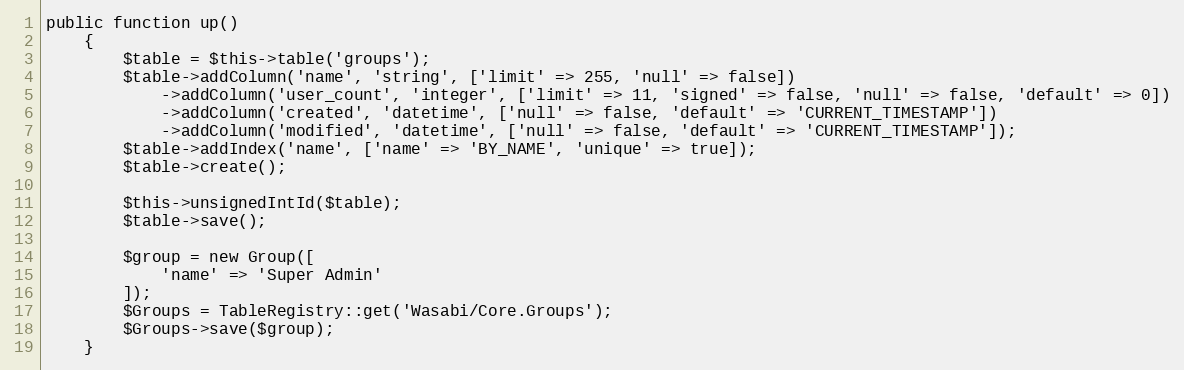
Language: PHP
public function up()
    {
        $table = $this->table('groups');
        $table->addColumn('name', 'string', ['limit' => 255, 'null' => false])
            ->addColumn('user_count', 'integer', ['limit' => 11, 'signed' => false, 'null' => false, 'default' => 0])
            ->addColumn('created', 'datetime', ['null' => false, 'default' => 'CURRENT_TIMESTAMP'])
            ->addColumn('modified', 'datetime', ['null' => false, 'default' => 'CURRENT_TIMESTAMP']);
        $table->addIndex('name', ['name' => 'BY_NAME', 'unique' => true]);
        $table->create();

        $this->unsignedIntId($table);
        $table->save();

        $group = new Group([
            'name' => 'Super Admin'
        ]);
        $Groups = TableRegistry::get('Wasabi/Core.Groups');
        $Groups->save($group);
    }